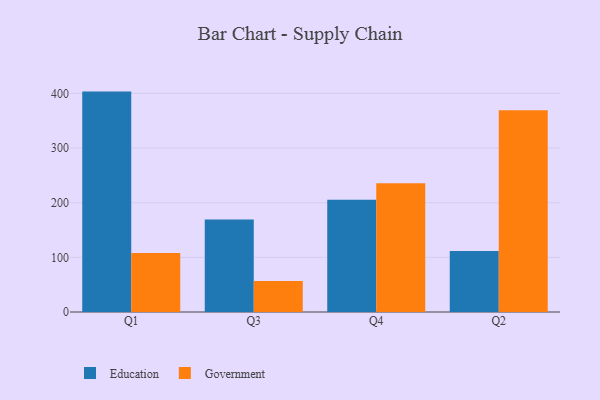
{"axis": {"x": "Quarter", "y": "Latency (ms)"}, "legend": ["Education", "Government"], "data": [{"x": "Q1", "y": 403.3, "type": "Education"}, {"x": "Q1", "y": 108.0, "type": "Government"}, {"x": "Q3", "y": 169.3, "type": "Education"}, {"x": "Q3", "y": 56.9, "type": "Government"}, {"x": "Q4", "y": 205.2, "type": "Education"}, {"x": "Q4", "y": 235.5, "type": "Government"}, {"x": "Q2", "y": 111.6, "type": "Education"}, {"x": "Q2", "y": 369.3, "type": "Government"}]}